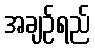
အချဉ်ရည်